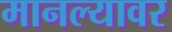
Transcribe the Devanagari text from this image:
मानल्यावर